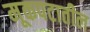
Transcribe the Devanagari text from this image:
मूकपटातील